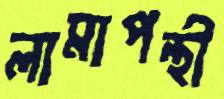
লামাপন্থী